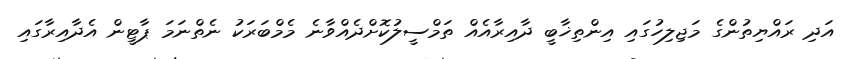
އަދި ރައްޔިތުންގެ މަޖިލިހުގައި އިންތިޚާބީ ދާއިރާއެއް ތަމްސީލުކޮށްދެއްވާނެ މެމްބަރަކު ނެތްނަމަ ޕާޓީން އެދާއިރާގައި